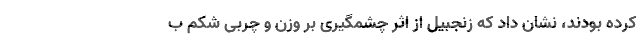
کرده بودند، نشان داد که زنجبیل از اثر چشمگیری بر وزن و چربی شکم ب